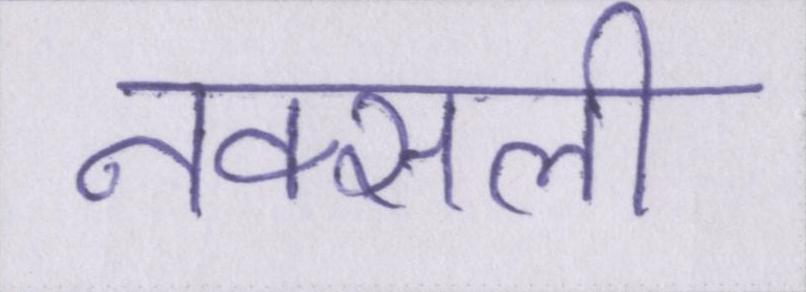
नक्सली